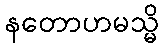
နတောဟမသ္မိ